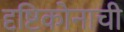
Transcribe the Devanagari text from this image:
दृष्टिकोनाची